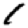
Digit: 1